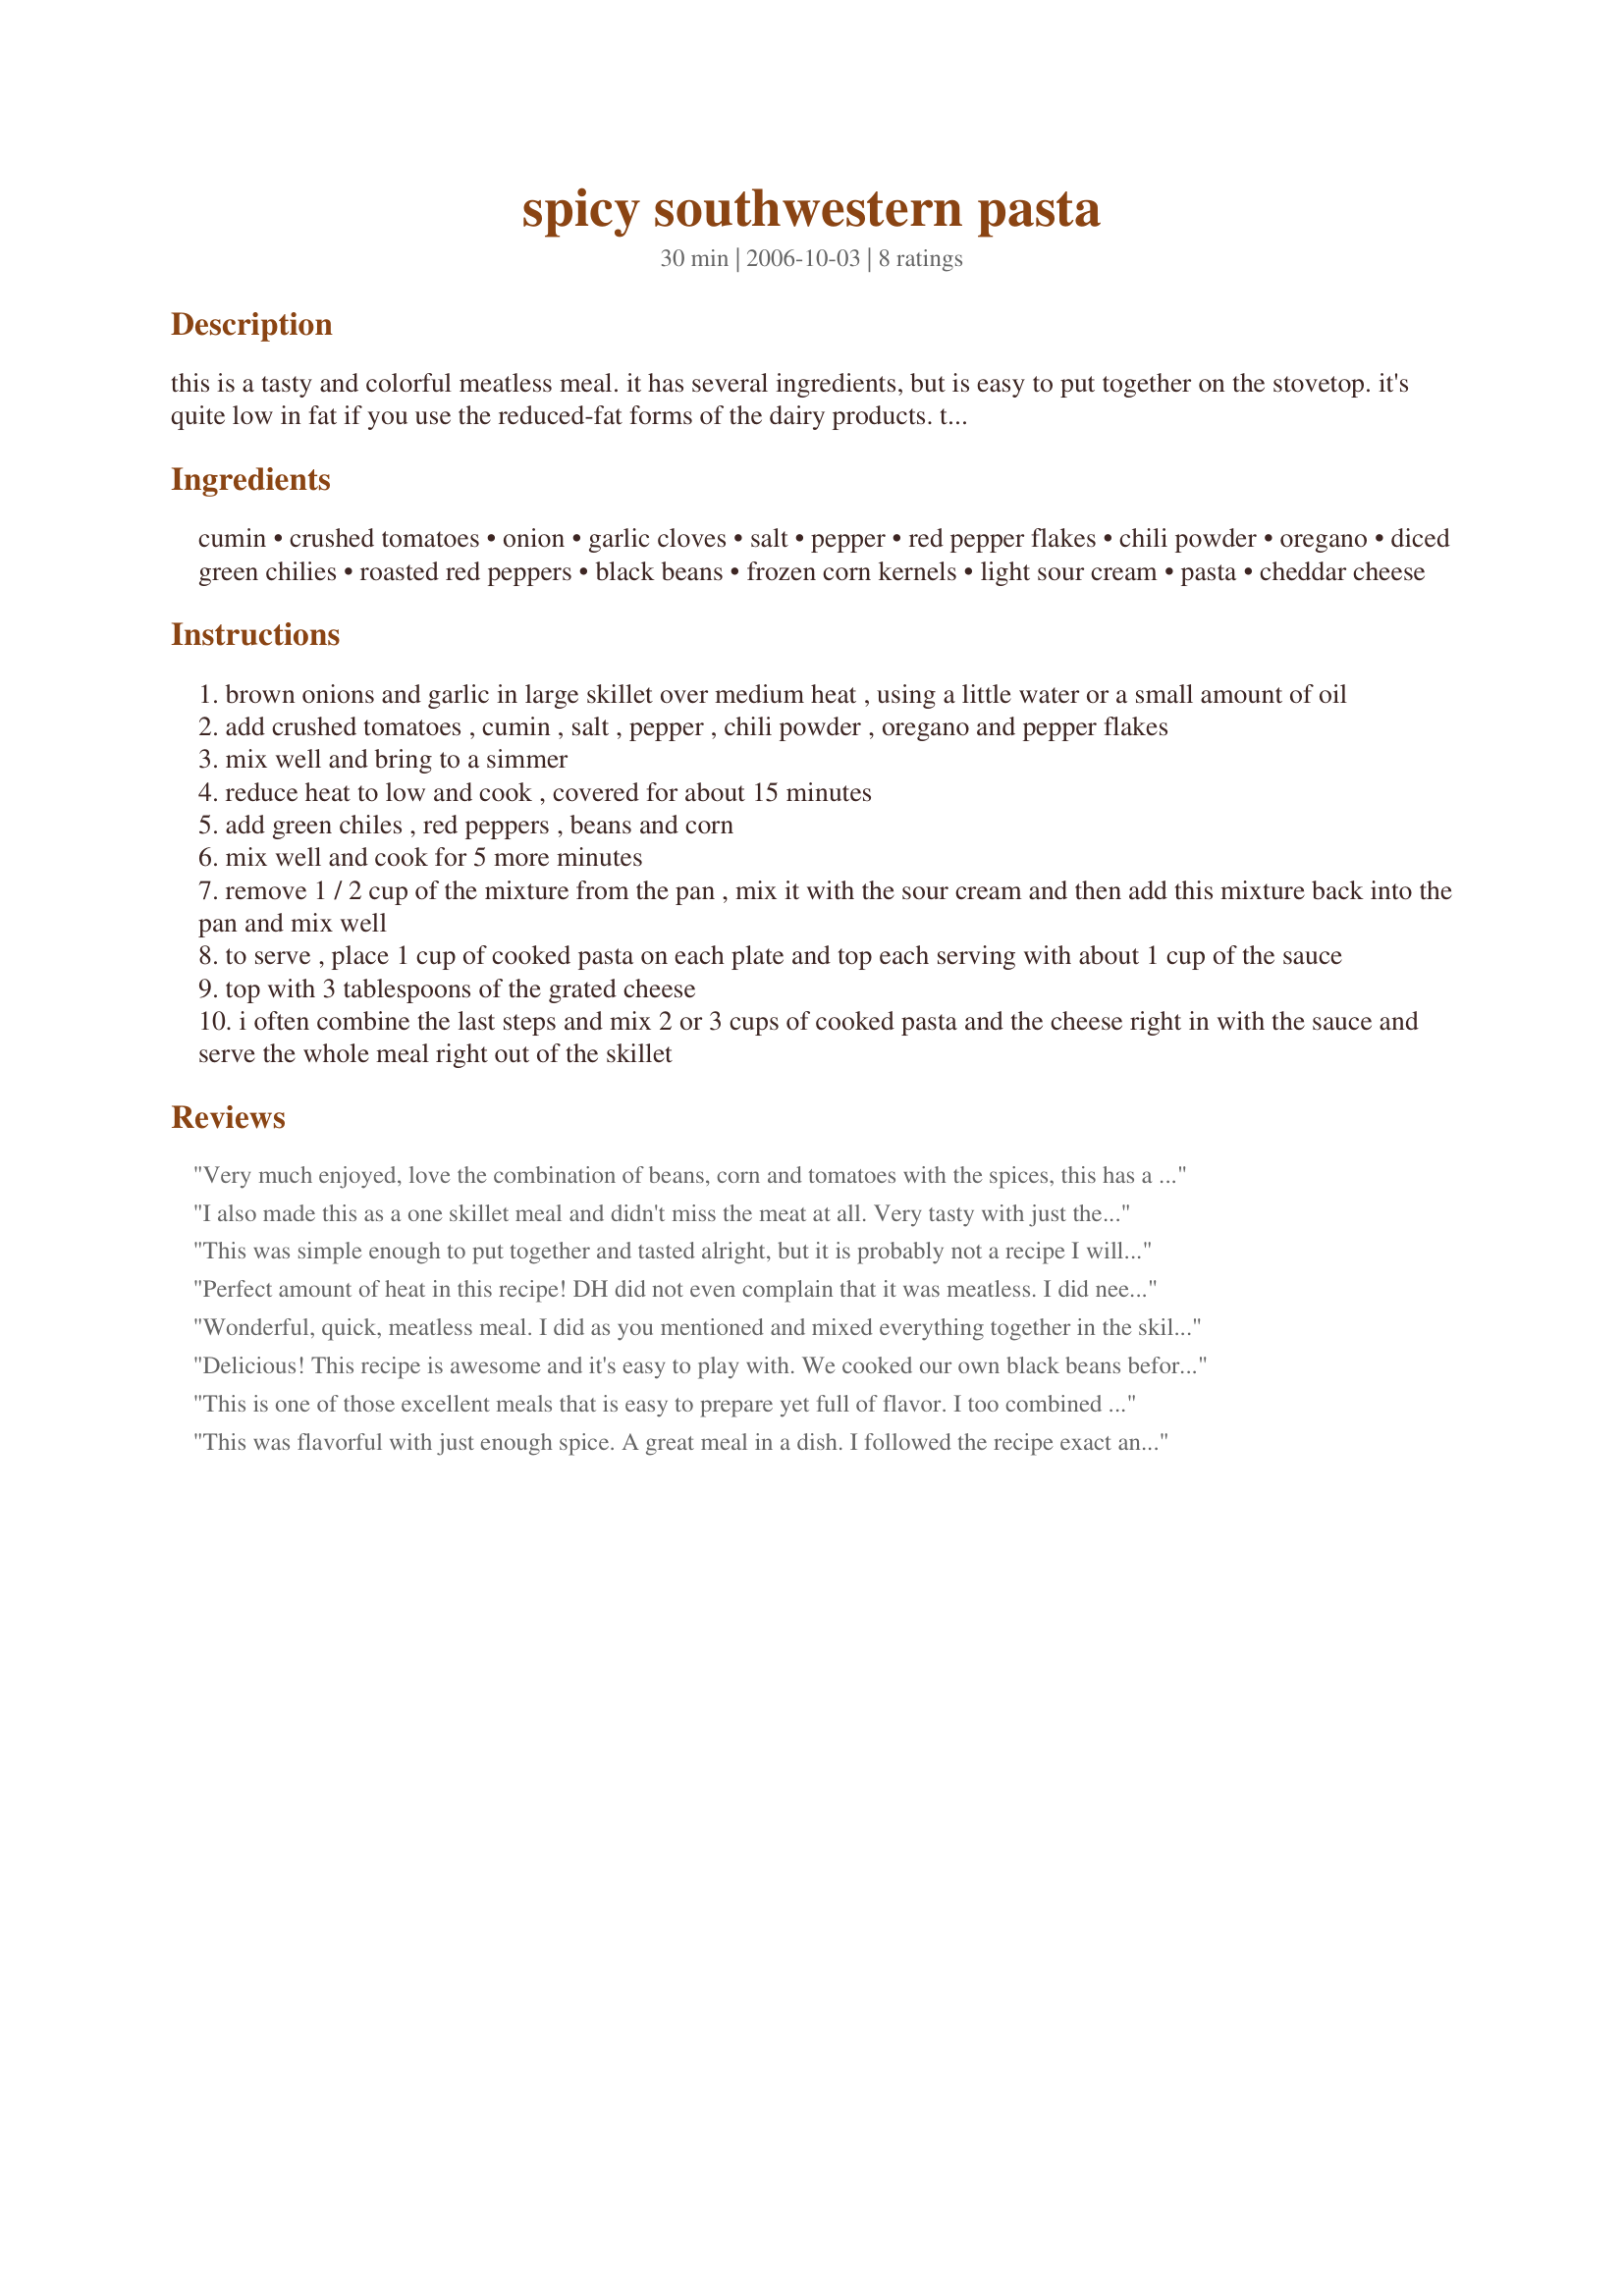
spicy southwestern pasta
Preparation time: 30 minutes

this is a tasty and colorful meatless meal. it has several ingredients, but is easy to put together on the stovetop. it's quite low in fat if you use the reduced-fat forms of the dairy products. this is adapted from cook it light by jeanne jones.

Ingredients:
cumin, crushed tomatoes, onion, garlic cloves, salt, pepper, red pepper flakes, chili powder, oregano, diced green chilies, roasted red peppers, black beans, frozen corn kernels, light sour cream, pasta, cheddar cheese

Steps:
brown onions and garlic in large skillet over medium heat , using a little water or a small amount of oil
add crushed tomatoes , cumin , salt , pepper , chili powder , oregano and pepper flakes
mix well and bring to a simmer
reduce heat to low and cook , covered for about 15 minutes
add green chiles , red peppers , beans and corn
mix well and cook for 5 more minutes
remove 1 / 2 cup of the mixture from the pan , mix it with the sour cream and then add this mixture back into the pan and mix well
to serve , place 1 cup of cooked pasta on each plate and top each serving with about 1 cup of the sauce
top with 3 tablespoons of the grated cheese
i often combine the last steps and mix 2 or 3 cups of cooked pasta and the cheese right in with the sauce and serve the whole meal right out of the skillet

Reviews:
Very much enjoyed, love the combination of beans, corn and tomatoes with the spices, this has a good bite without being too hot. Easily and quickly prepared, it was ideal for a weeknight supper.
I served this on spaghetti and it was a very nice 'something different'!

This sauce would be really nice on rice too, maybe some guacamole.... pretty versatile!

Thanks, Pattikay, made for Think Pink, October 2009
I also made this as a one skillet meal and didn't miss the meat at all. Very tasty with just the right amount of spice. Thanks for sharing this great recipe! **Made for Think Pink**
This was simple enough to put together and tasted alright, but it is probably not a recipe I will make very often.
Perfect amount of heat in this recipe! DH did not even complain that it was meatless. I did need to make to slight changes. I did not have frozen corn so I used a 15 ounce can of corn. Also no can of roasted peppers so I made my own using Recipe #18589. Everything turn out great. I made this for ZWT III 2007 game - United States Region
Wonderful, quick, meatless meal. I did as you mentioned and mixed everything together in the skillet. It's hearty enough that you won't miss having meat. You could even add more black beans. I used rotelle pasta and it was perfect for clinging to the yummy sauce. Thanx for sharing this. I'll make it again.
Delicious! This recipe is awesome and it's easy to play with. We cooked our own black beans beforehand to eliminate some of the extra sodium. We also added some hot sauce when it was served. Since it's just my boyfriend and I we got a lot of meals out of this recipe. When reheating I added a little salsa to mine and it was great! Thanks for the recipe.
This is one of those excellent meals that is easy to prepare yet full of flavor. I too combined the pasta and cheese right into the sauce. This great "stick-to-your-ribs" meal will please everyone. Thanks for sharing, Pattikay in L.A.
This was flavorful with just enough spice. A great meal in a dish. I followed the recipe exact and combined it all to make a one-dish meal. My family love it. We will make this one again.
Thanks Pattikay!
